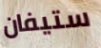
ستيفان